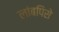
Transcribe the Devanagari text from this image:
लांबपिसे